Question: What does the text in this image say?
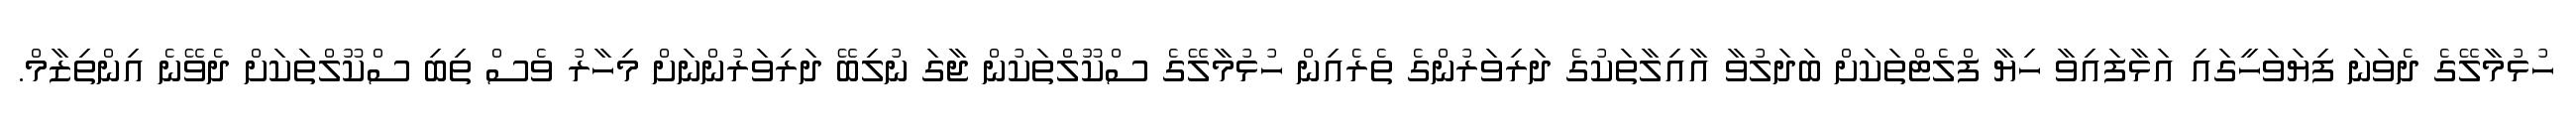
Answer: ހުޅުމާލޭގެ ދެވަނަ ފިޔަވަހީގައި އަޅާފައިވާ ހިޔާ ފްލެޓްތަކަށް ބަދަލުވާ އާއިލާތަކުގެ ދަރިވަރުންގެ ތެރެއިން ހުޅުމާލޭގެ ސްކޫލްތަކުން ޖާގަ ނުލިބޭ ދަރިވަރުންނަށް މިހާރު ވެސް ތިބި ސްކޫލްތަކަށް ދެވޭނެ އިންތިޒާމް.